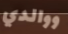
ووالدي